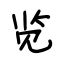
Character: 览